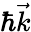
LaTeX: \hbar\vec{k}